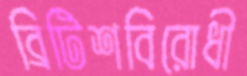
ব্রিটিশবিরোধী